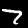
Digit: 7